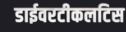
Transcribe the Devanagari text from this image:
डाईवरटीकलटिस